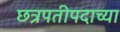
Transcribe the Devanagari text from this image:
छत्रपतीपदाच्या